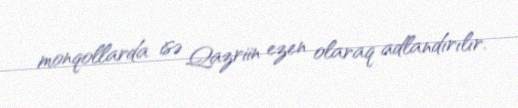
monqollarda isə Qazriin ezen olaraq adlandırılır.